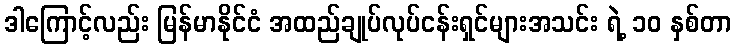
ဒါကြောင့်လည်း မြန်မာနိုင်ငံ အထည်ချုပ်လုပ်ငန်းရှင်များအသင်း ရဲ့ ၁၀ နှစ်တာ